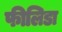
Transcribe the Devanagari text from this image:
फीलिडा